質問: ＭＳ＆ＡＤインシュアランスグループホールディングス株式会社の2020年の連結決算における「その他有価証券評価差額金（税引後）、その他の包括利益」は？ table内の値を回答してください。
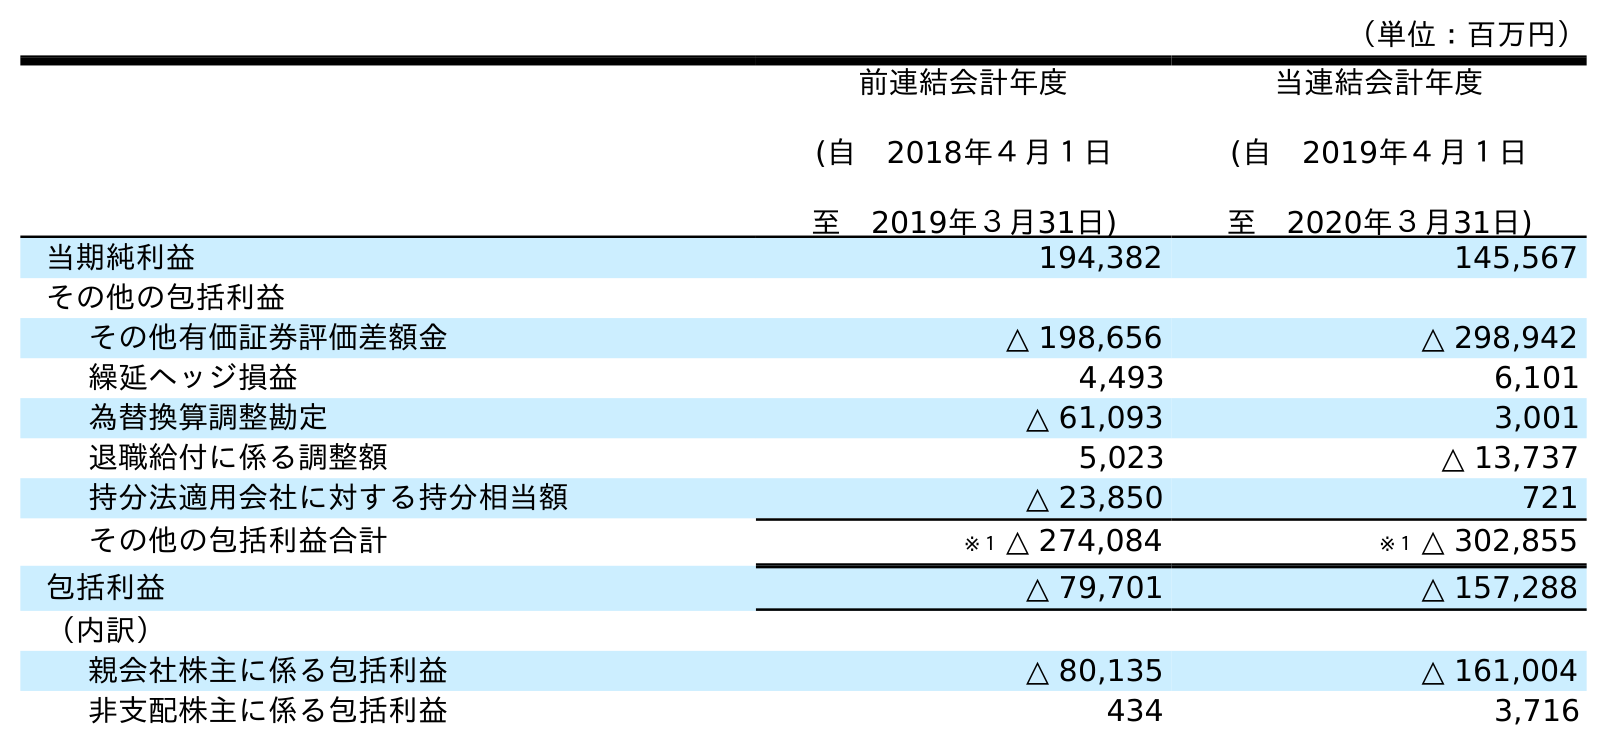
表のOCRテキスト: （単位：百万円） 前連結会計年度 (自 2018年４月１日 至 2019年３月31日) 当連結会計年度 (自 2019年４月１日 至 2020年３月31日) 当期純利益 194,382 145,567 その他の包括利益 その他有価証券評価差額金 △ 198,656 △ 298,942 繰延ヘッジ損益 4,493 6,101 為替換算調整勘定 △ 61,093 3,001 退職給付に係る調整額 5,023 △ 13,737 持分法適用会社に対する持分相当額 △ 23,850 721 その他の包括利益合計 ※１ △ 274,084 ※１ △ 302,855 包括利益 △ 79,701 △ 157,288 （内訳） 親会社株主に係る包括利益 △ 80,135 △ 161,004 非支配株主に係る包括利益 434 3,716
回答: △298,942